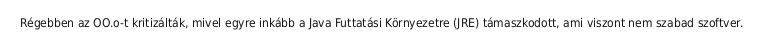
Régebben az OO.o-t kritizálták, mivel egyre inkább a Java Futtatási Környezetre (JRE) támaszkodott, ami viszont nem szabad szoftver.